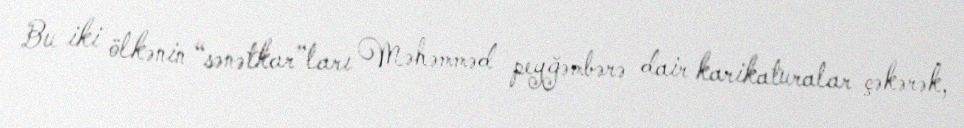
Bu iki ölkənin “sənətkar”ları Məhəmməd peyğəmbərə dair karikaturalar çəkərək,